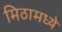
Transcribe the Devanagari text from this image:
मिठामध्ये